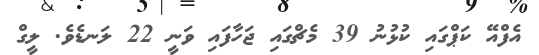
އެފްއޭ ކަޕްގައި ކުޅުނު 39 މެޗްގައި ޖަހާފައި ވަނީ 22 ލަނޑެވެ. ލީގް